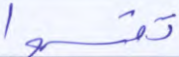
تقسموا